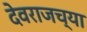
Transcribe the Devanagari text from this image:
देवराजच्या